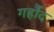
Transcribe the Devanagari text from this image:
गर्हौद